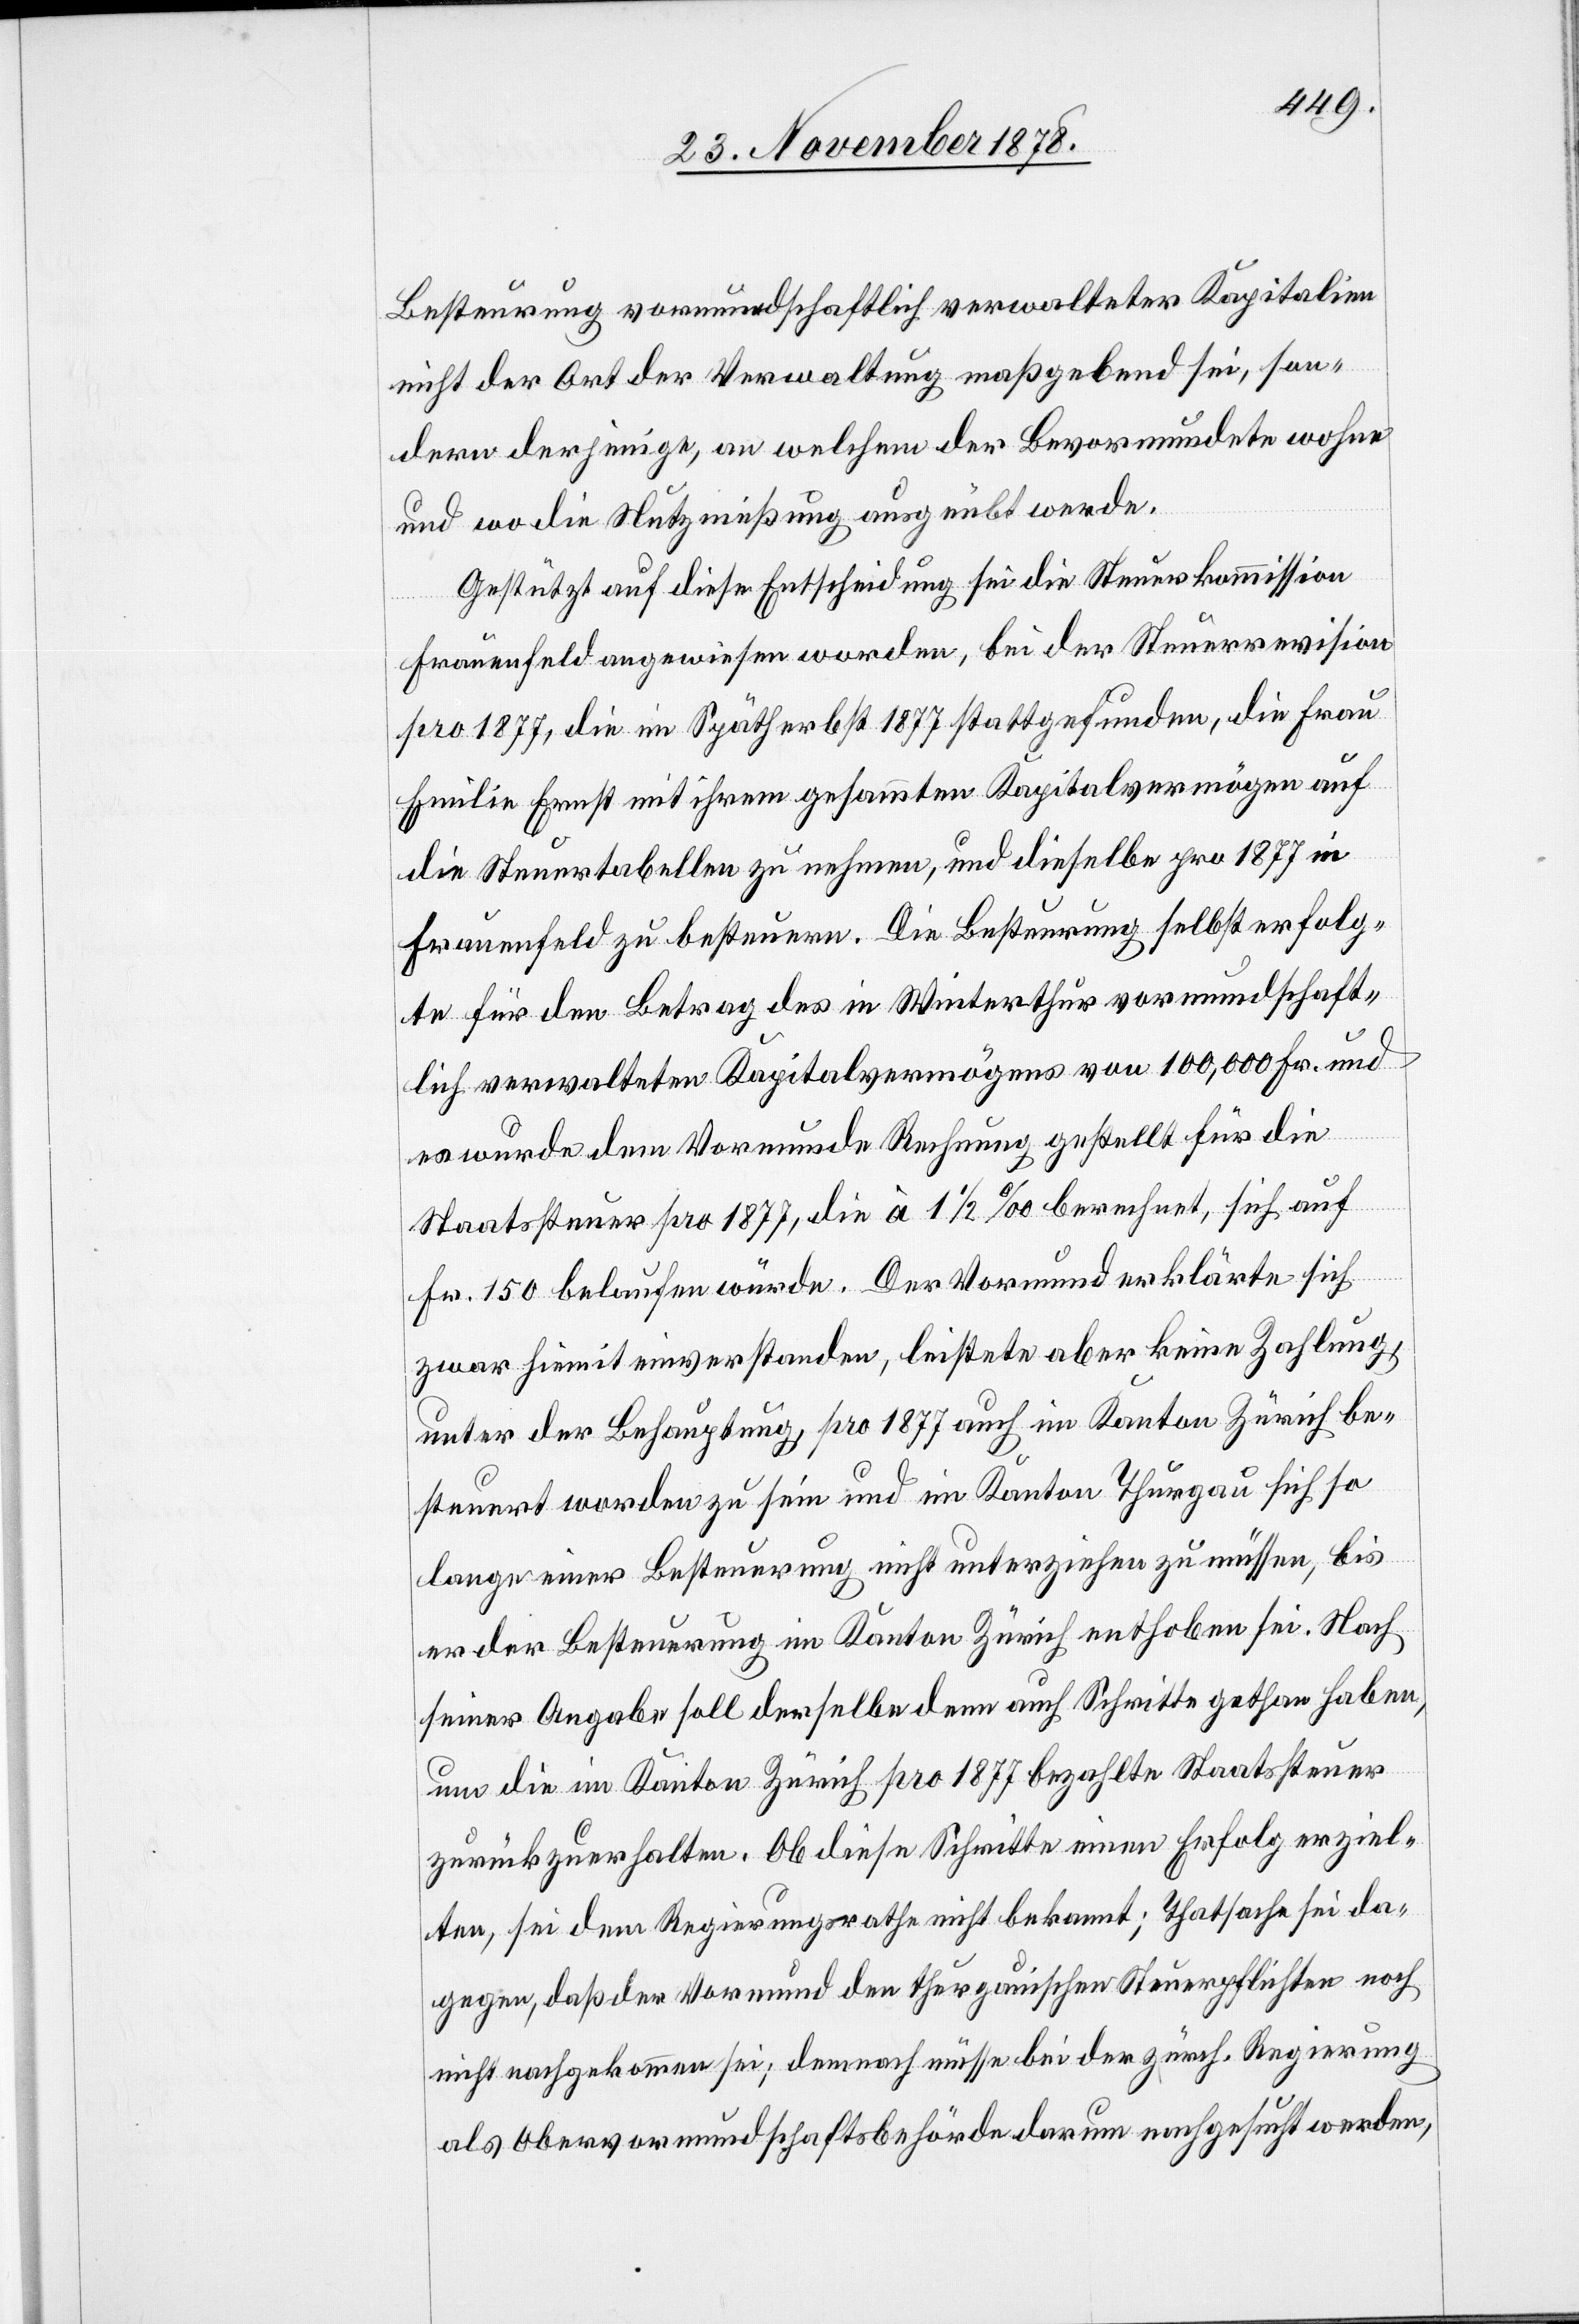
Besteuerung vormundschaftlich verwalteter Kapitalien
nicht der Art der Verwaltung maßgebend sei, son¬
dern derjenige, an welchem der Bevormundete wohne
und wo die Nutznießung ausgeübt werde.
Gestützt auf diese Entscheidung sei die Steuerkommission
Frauenfeld angewiesen worden, bei der Steuerrevision
pro 1877, die im Spätherbst 1877 stattgefunden, die Frau
Emilie Ernst mit ihrem gesammten Kapitalsvermögen auf
die Steuertabellen zu nehmen, und dieselbe pro 1877 in
Frauenfeld zu besteuern. Die Besteuerung selbst erfolg¬
te für den Betrag des in Winterthur vormundschaft¬
lich verwalteten Kapitalvermögens von 100,000 Fr. und
es wurde dem Vormunde Rechnung gestellt für die
Staatssteuer pro 1877, die à 1 1/2‰ berechnet, sich auf
Fr. 150 belaufen würde. Der Vormund erklärte sich
zwar hiemit einverstanden, leistete aber keine Zahlung,
unter der Behauptung, pro 1877 auch im Kanton Zürich be¬
steuert worden zu sein und im Kanton Thurgau sich so
lange einer Besteuerung nicht unterziehen zu müssen, bis
er der Besteuerung im Kanton Zürich enthoben sei. Nach
seiner Angabe soll derselbe denn auch Schritte gethan haben,
um die im Kanton Zürich pro 1877 bezahlte Staatssteuer
zurückzuerhalten. Ob diese Schritte einen Erfolg erziel¬
ten, sei dem Regierungsrathe nicht bekannt; Thatsache sei da¬
gegen, daß der Vormund der thurgauischen Steuerpflichten noch
nicht nachgekommen sei; demnach müsse bei der zürch. Regierung
als Obervormundschaftsbehörde darum nachgesucht werden,